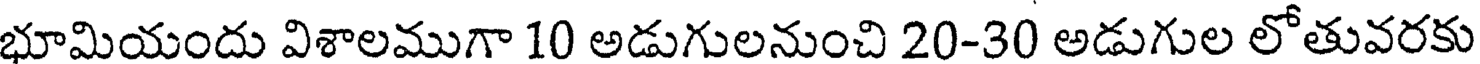
భూమియందు విశాలముగా 10 అడుగులనుంచి 20-30 అడుగుల లోతువరకు